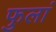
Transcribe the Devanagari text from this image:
फुलां